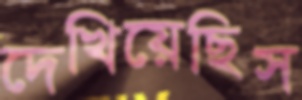
দেখিয়েছিস